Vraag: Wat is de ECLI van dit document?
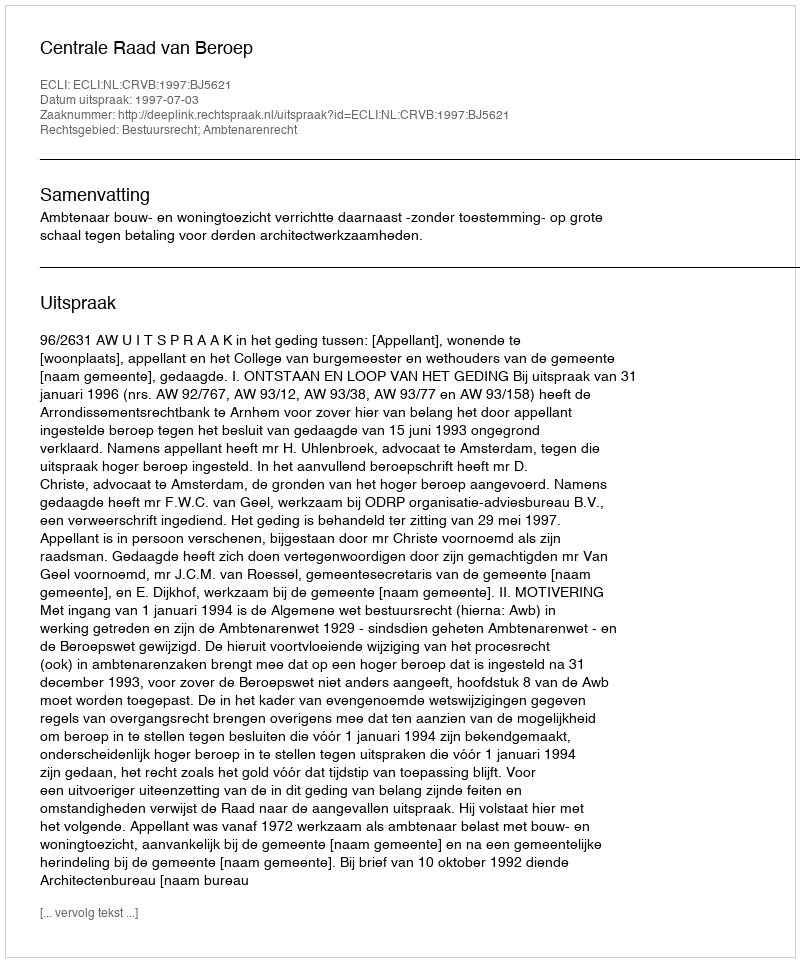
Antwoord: ECLI:NL:CRVB:1997:BJ5621